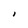
Character: I